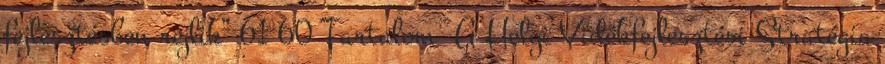
fejlesztésben rejlik” 61 60 Tartalom ▪A Helyi Vidékfejlesztési Stratégia